Civil Veterinary Department. Madras. Admin. report 1910-25 - 1910-1925
Year: 1910
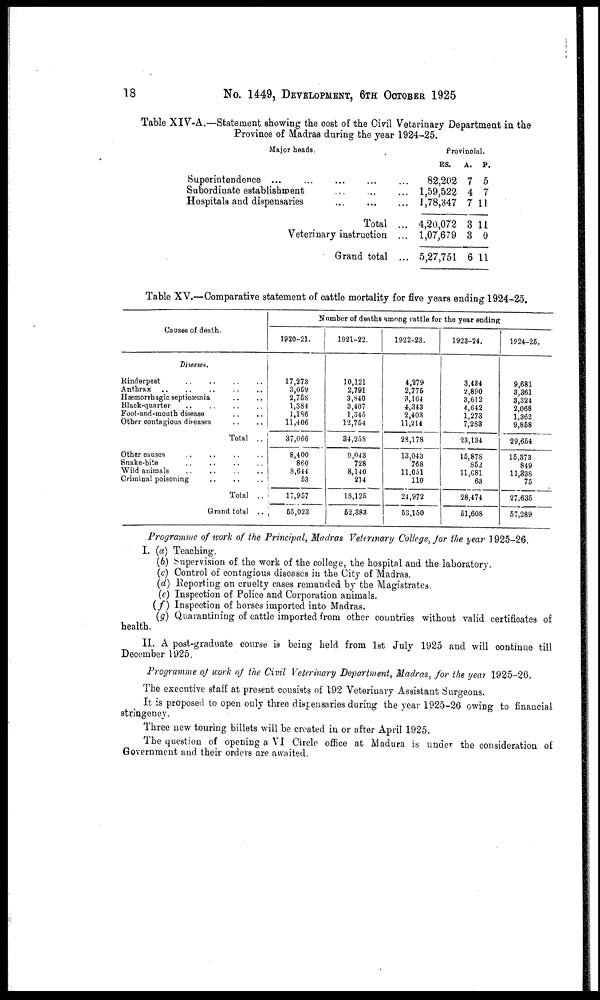
18
No. 1449, DEVELOPMENT, 6TH OCTOBER 1925
Table XIV-A.—Statement showing the cost of the Civil Veterinary Department in the
Province of Madras during the year 1924-25.
Major heads.
Superintendence ... ... ... ...
Subordinate establishment .. ..
Hospitals and dispensaries .. ..
Total
Veterinary instruction
Grand total
..
...
...
..
...
...
Provincial.
RS.
82,202
1,59,522
1,78,347
4,20,072
1,07,679
5,27,751
A.
7
4
7
3
3
6
P.
5
7
11
11
0
11
Table XV.—Comparative statement of cattle mortality for five years ending 1924-25.
Causes of death.
diseases.
Rinderpest .. .. .. ..
Anthrax .. .. .. .. ..
Hæmorrhagic septicæmia .. ..
Black-quarter .. .. .. ..
Foot-and-mouth disease .. ..
Other contagious diseases .. ..
Total ..
Other causes .. .. .. ..
Snake-bite .. .. .. ..
Wild animals .. .. .. ..
Criminal poisoning .. .. ..
Total ..
Grand total ..
Number of deaths among cattle for the year ending
1920-21.
17,273
3,069
2,758
1,384
1,186
11,406
37,066
8,400
860
8,644
53
17,957
55,023
1921-22.
10,121
2,791
3,840
3,407
1,345
12,754
34,258
9,043
728
8,140
214
18,125
62,383
1922-23.
4,279
2,775
3,164
4,343
2,403
11,214
28,178
13,043
768
11,051
110
24,972
53,150
1923-24.
3,434
2,890
3,612
4,642
1,273
7,283
23,134
16,878
862
11,681
63
28,474
51,608
1924-25.
9,681
3,361
3,324
2,068
1,362
9,858
29,654
15,373
849
11,338
75
27,635
57,289
Programme of work of the Principal, Madras Veterinary College, for the year 1925-26.
I. (a) Teaching.
(6) Supervision of the work of the college, the hospital and the laboratory.
(c) Control of contagious diseases in the City of Madras.
(d) Reporting on cruelty cases remanded by the Magistrates.
(e) Inspection of Police and Corporation animals.
(f) Inspection of horses imported into Madras.
(g) Quarantining of cattle imported from other countries without valid certificates of
health.
II. A post-graduate course is being held from 1st July 1925 and will continue till
December 1925.
Programme of work of the Civil Veterinary Department, Madras, for the year 1925-26.
The executive staff at present consists of 192 Veterinary Assistant Surgeons.
It is proposed to open only three dispensaries during the year 1925-26 owing to financial
stringency.
Three new touring billets will be created in or after April 1925.
The question of opening a VI Circle office at Madura is under the consideration of
Government and their orders are awaited.